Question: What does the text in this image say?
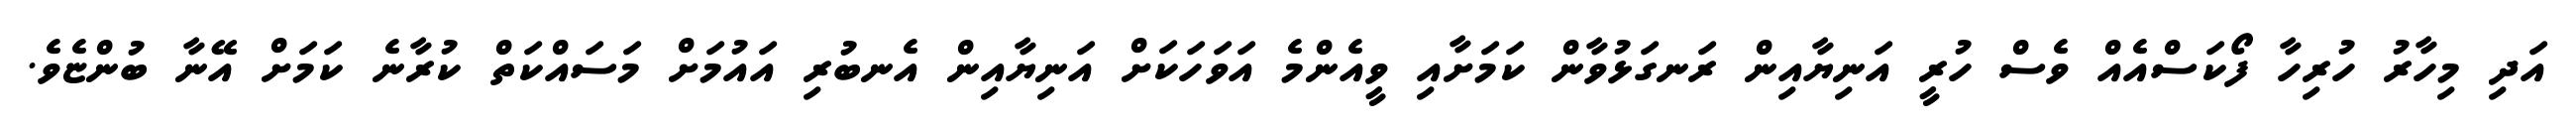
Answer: އަދި މިހާރު ހުރިހާ ފޯކަސްއެއް ވެސް ހުރީ އަނިޔާއިން ރަނގަޅުވާން ކަމަށާއި ވީއެންމެ އަވަހަކަށް އަނިޔާއިން އެނބުރި އައުމަށް މަސައްކަތް ކުރާނެ ކަމަށް އޭނާ ބުންޏެވެ.